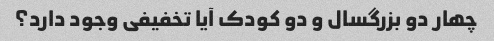
چهار دو بزرگسال و دو کودک آیا تخفیفی وجود دارد؟